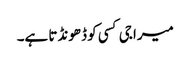
میرا جی کسی کو ڈھونڈتا ہے۔